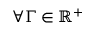
\forall \Gamma \in \mathbb { R } ^ { + }